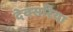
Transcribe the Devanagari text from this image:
देवसरिया